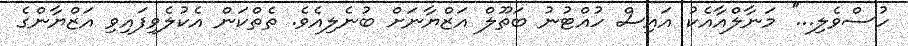
ހުސްވެލި...'' މަނާލްއާއެކު އައިސް ހުއްޓުނު ބަތޫލް އަޒްޔާނަށް ބުނެލިއެވެ. ތެތްކަން އެކުލެވިފައިވި އަޒްޔާންގެ